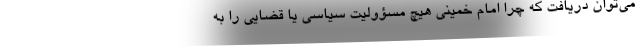
می‌توان دریافت که چرا امام خمینی هیچ مسؤولیت سیاسی یا قضایی را به